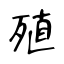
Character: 殖